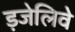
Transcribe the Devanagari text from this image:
ड़जेलिवे